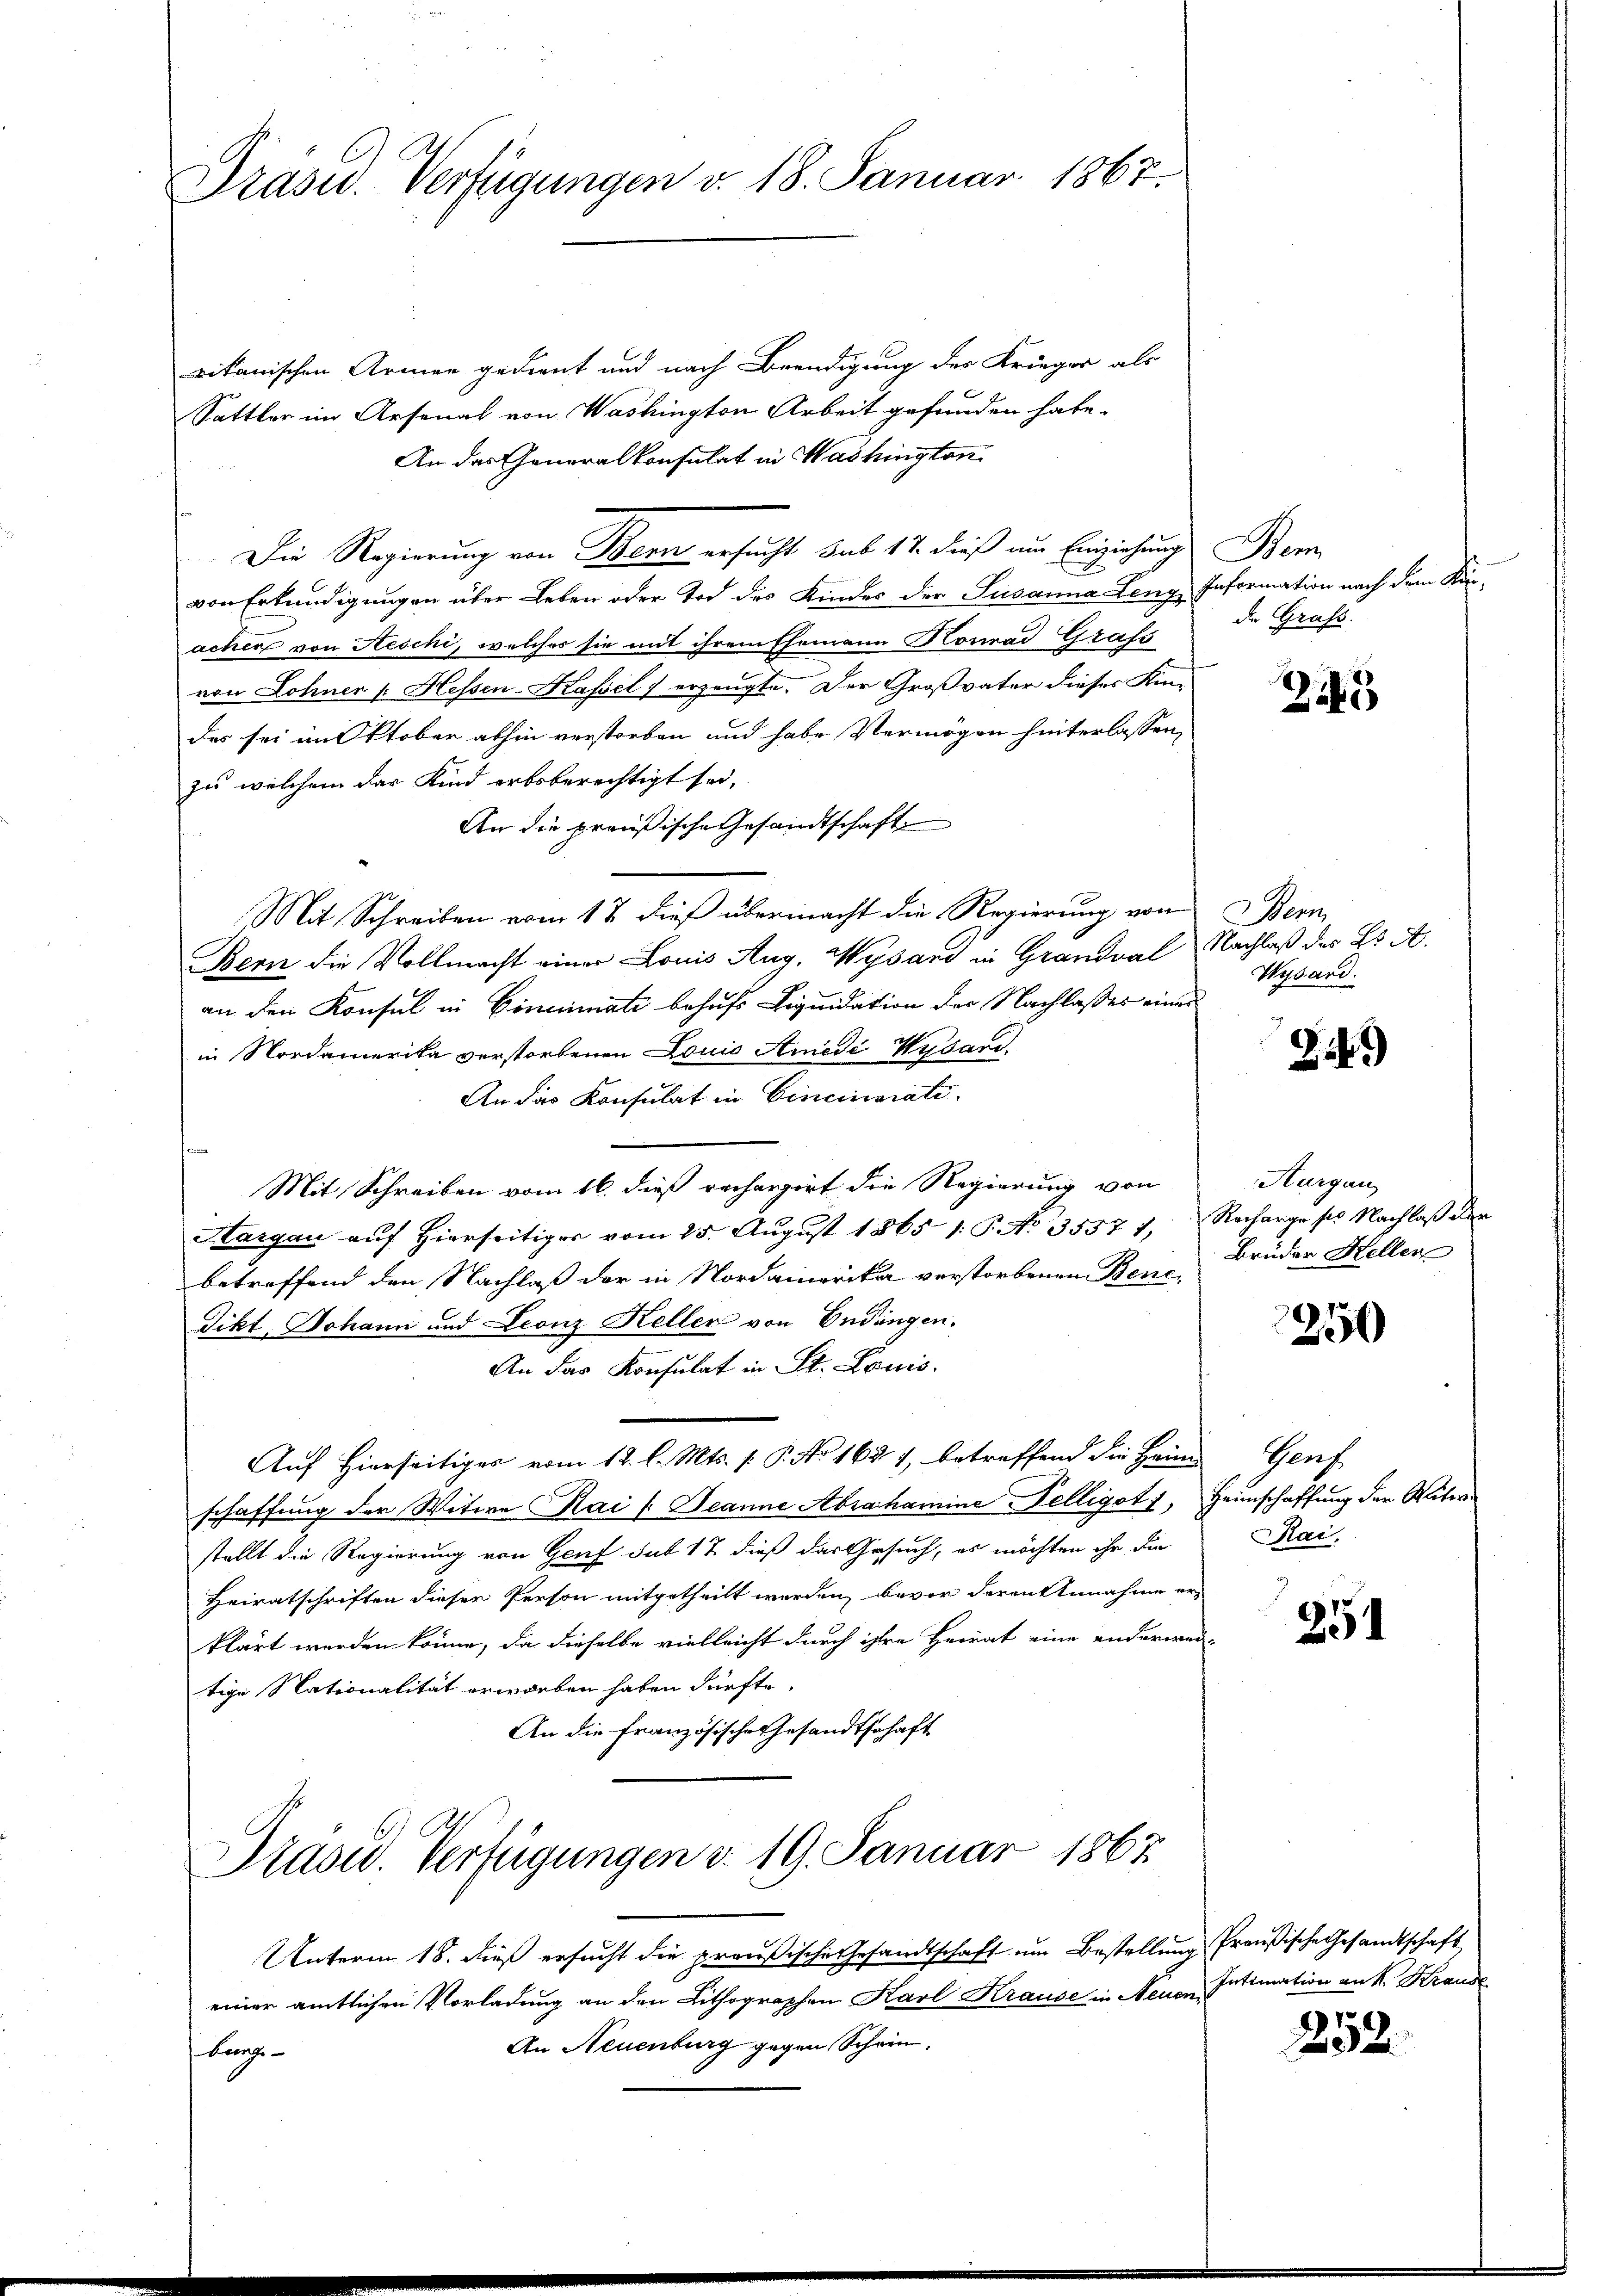
Drasu. Verfügungen v. 18. Januar 1867.

rikanischen Armen gedient und nach Beendigung des Krieger als
Sattler im Arsenal von Washington Arbeit gefunden habe.
An das Generalkonsulat in Washington
Die Regierung von Bern ersucht sub 12 dieß um Einziehung Bern
von Erkundigungen über Leben oder Tod des Kindes der Susanna Leng, Information nach dem Kanachen von Aeschi, welches sie mit ihrem Ehemann Nonrad Grafs
von Lohner s. Hessen-Kassel) erzeugte. Der Großvater dieses Kin-
des sei im Oktober abhin verstorben und habe Vermögen hinterlassen,
zu welchem das Kind erbsberechtigt sei,
An die preußische Gesandtschaft
Mit Schreiben vom 12 dieß übermacht die Regierung von Bern
Bern die Vollmacht einer Louis Aug. Wysard in Grandval Nachlaß der Bs A.
an den Konsul in Cinciati behufs Liquidation der Nachlasses eines
in Nordamerika verstorbenen Louis Amedi Wydand.
An das Konsulat in Cincinerati
¬
Mit Schreiben vom 16. dieß rechargirt die Regierung von
Hargau auf Hierseitiger vom 25. August 1865 1: P. No 3557 f., Recharge ses Nachlaß der
betreffend den Nachlaß der in Nordamerika verstorbenen Bene¬
Jikt, Johann und Leonz Kellen von Endingen.
An das Konsulat in St. Louis
Auf Hierseitiges vom 12. l. Mts. f. P. No 1621, betreffend die Heim Genf
schaffung der Witwe Kai / Jeanne Abrahamine Nelliget, Heimschaffung der Vater-
stellt die Regierung von Genf sub 12 dieß das Gesuch, es möchten ihr die
Heiratschriften diesen Person mitgetheilt werden, bevor derentennahme erklärt werden könne, da dieselbe vielleicht durch ihre Heirat eine anderwei-
tige Nationalität erworben haben dürfte.
An die französische Gesandtschaft

Präsid. Verfügungen d. 19. Januar 1867

die Grafs.

243

Wysard.

2149)

Hurgau
Brüder Hellen

2250)

Rai.

Unterm 18. dieß ersucht die preußische Gesandtschaft um Bestellung Preußische Gesandtschaft
einer amtlichen Vorladung an den Lithographen Karl Krause in Neuen Intimation an K. Krause
An Neuenburg gegen Schein.
Lang¬

251

252.